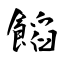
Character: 饀